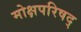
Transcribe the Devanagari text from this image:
मोक्षपरिषद्